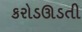
કરોડઊડતી